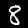
Digit: 8